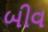
બીવ